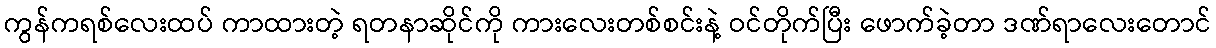
ကွန်ကရစ်လေးထပ် ကာထားတဲ့ ရတနာဆိုင်ကို ကားလေးတစ်စင်းနဲ့ ဝင်တိုက်ပြီး ဖောက်ခဲ့တာ ဒဏ်ရာလေးတောင်